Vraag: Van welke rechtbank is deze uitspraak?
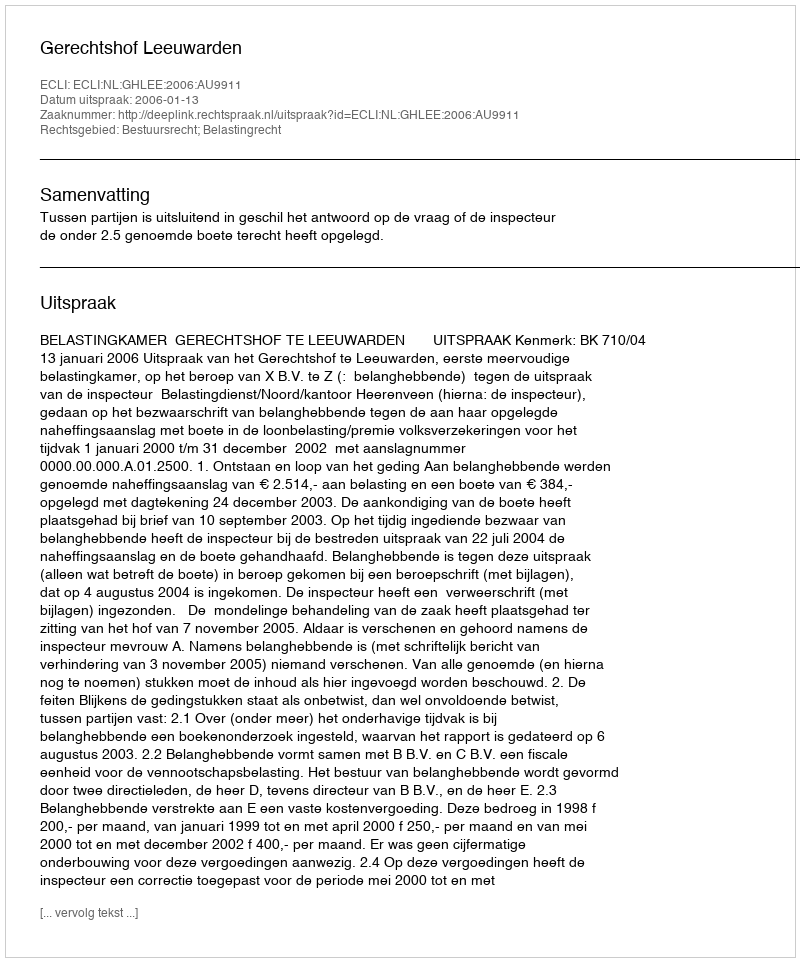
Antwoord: Gerechtshof Leeuwarden